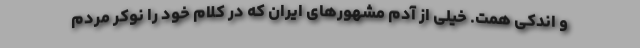
و اندکی همت. خیلی از آدم مشهورهای ایران که در کلام خود را نوکر مردم